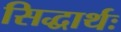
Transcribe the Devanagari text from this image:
सिद्धार्थः